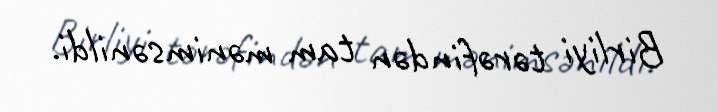
Birliyi tərəfindən tam mənimsənildi.